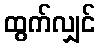
ထွက်လျှင်